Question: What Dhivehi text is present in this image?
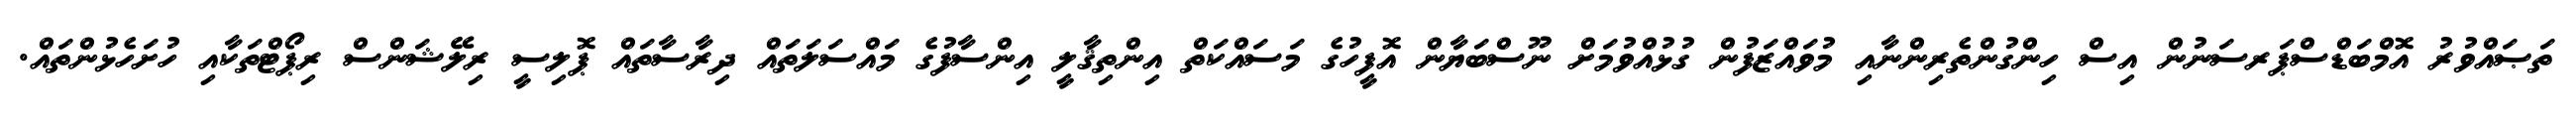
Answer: ތަޞައްވުރު އޮމްބަޑްސްޕަރސަނުން އިސް ހިންގުންތެރިންނާއި މުވައްޒަފުން ގުޅުއްވުމަށް ނޫސްބަޔާން އޮފީހުގެ މަސައްކަތް އިންތިޤާލީ އިންސާފުގެ މައްސަލަތައް ދިރާސާތައް ޕޮލިސީ ރިލޭޝަންސް ރިޕޯޓްތަކާއި ހުށަހެޅުންތައް.